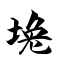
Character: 堍